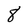
Character: 8